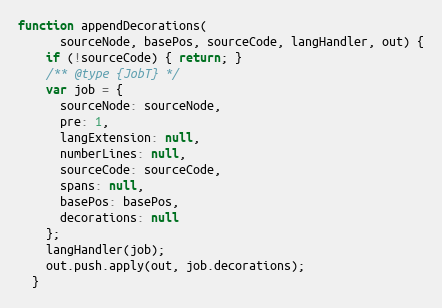
Language: JavaScript
function appendDecorations(
      sourceNode, basePos, sourceCode, langHandler, out) {
    if (!sourceCode) { return; }
    /** @type {JobT} */
    var job = {
      sourceNode: sourceNode,
      pre: 1,
      langExtension: null,
      numberLines: null,
      sourceCode: sourceCode,
      spans: null,
      basePos: basePos,
      decorations: null
    };
    langHandler(job);
    out.push.apply(out, job.decorations);
  }